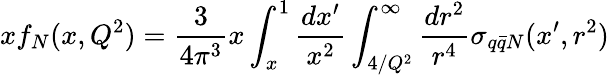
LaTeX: xf_{N}(x,Q^{2})=\frac{3}{4\pi^{3}}x\int_{x}^{1}\frac{dx^{\prime}}{x^{2}}\int_{4/Q^{2}}^{\infty}\frac{dr^{2}}{r^{4}}\sigma_{q\bar{q}N}(x^{\prime},r^{2})